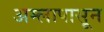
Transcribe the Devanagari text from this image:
अम्लापासून